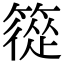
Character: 篵